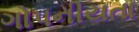
ગોપનીયતા